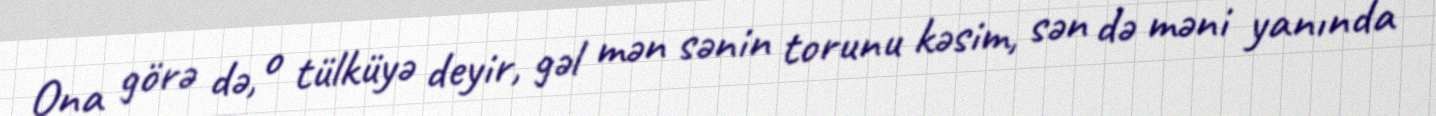
Ona görə də, o tülküyə deyir, gəl mən sənin torunu kəsim, sən də məni yanında